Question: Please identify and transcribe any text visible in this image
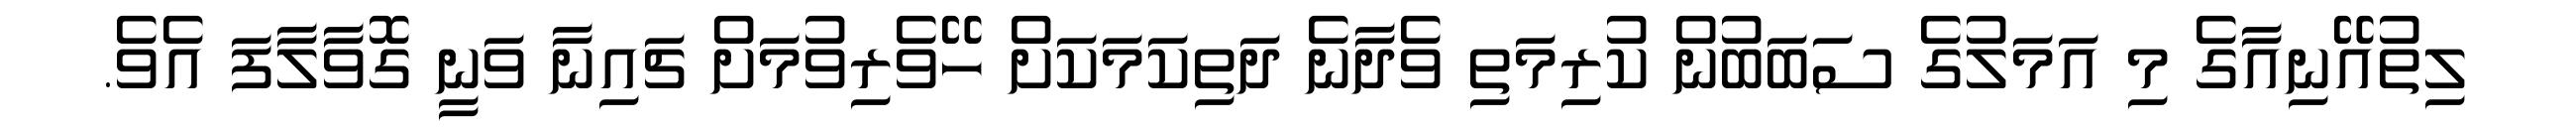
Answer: ލިތުއޭނިއާގެ މި އަމަލުގެ ސަބަބުން ކުރިމަތި ވެދާނެ ދަތިކަމަކަށް ހޭވެރިވުމަށް ޗައިނާ ވަނީ ގޮވާލާފަ އެވެ.